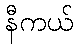
နီကယ်